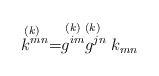
\begin{align*}\stackrel{(k)\;\;}{k^{mn}}=\stackrel{(k)}{g^{im}}\stackrel{(k)\;\;}{g^{jn}}k_{mn}\end{align*}